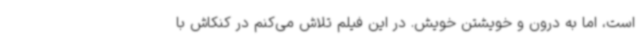
است، اما به درون و خویشتن خویش. در این فیلم تلاش می‌کنم در کنکاش با